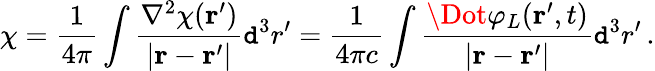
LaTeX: \chi=\frac{1}{4\pi}\int\frac{\nabla^{2}\chi({\mathbf r}^{\prime})}{|{\mathbf r}-{\mathbf r}^{\prime}|}\mathtt{d}^{3}r^{\prime}=\frac{1}{4\pi c}\int\frac{\Dot{\varphi_{L}}({\mathbf r}^{\prime},t)}{|{\mathbf r}-{\mathbf r}^{\prime}|}\mathtt{d}^{3}r^{\prime}\, .